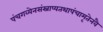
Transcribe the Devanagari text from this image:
पंचगव्येनसंस्नाप्यतथापंचामृतेनवै